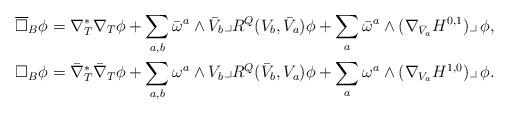
LaTeX: \begin{align*}\overline\square_B\phi&= \nabla_T^*\nabla_T\phi + \sum_{a,b}\bar\omega^a\wedge \bar V_b\lrcorner R^Q(V_b,\bar V_a)\phi+\sum_a \bar\omega^a\wedge (\nabla_{\bar V_a}H^{0,1})\lrcorner\,\phi, \\\square_B\phi&= \bar\nabla_T^*\bar\nabla_T\phi + \sum_{a,b} \omega^a\wedge V_b\lrcorner R^Q(\bar V_b ,V_a)\phi+\sum_a\omega^a\wedge (\nabla_{V_a} H^{1,0})\lrcorner\,\phi. \end{align*}